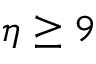
\eta \geq 9